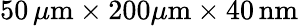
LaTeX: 50\, \mu\mathrm{m}\times 200\mu\mathrm{m}\times 40\, \mathrm{nm}